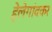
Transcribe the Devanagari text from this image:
हेलेगांवकर